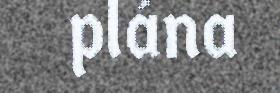
plána